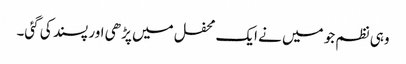
وہی نظم جو میں نے ایک محفل میں پڑھی اور پسند کی گئی۔